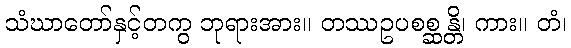
သံဃာတော်နှင့်တကွ ဘုရားအား။ တဿဥပစစ္ဆန္တိ၊ ကား။ တံ၊